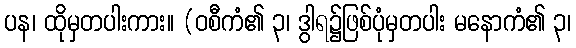
ပန၊ ထိုမှတပါးကား။ (ဝစီကံ၏ ၃၊ ဒွါရ၌ဖြစ်ပုံမှတပါး မနောကံ၏ ၃၊